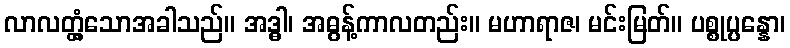
လာလတ္တံ့သောအခါသည်။ အဒ္ဓါ၊ အဓွန့်ကာလတည်း။ မဟာရာဇ၊ မင်းမြတ်။ ပစ္စုပ္ပန္နော၊